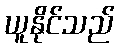
ယူနိုင်သည်